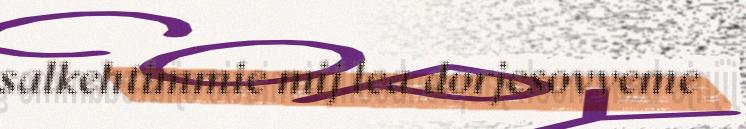
salkehtimmie mij lea dorjesovveme